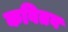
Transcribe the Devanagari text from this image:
कवितव